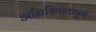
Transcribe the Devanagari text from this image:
अनिश्चिततापूर्ण